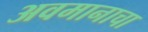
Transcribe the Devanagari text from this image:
अवमानाचा